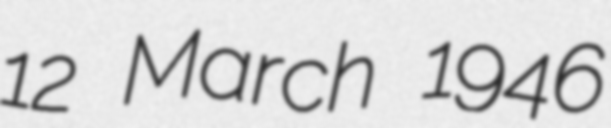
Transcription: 12 March 1946